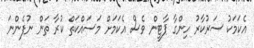
އެކަމަކު ސަރުކާރު ހިންގާ ޕާޓީން ވެސް އެކަމަށް މަސައްކަތް ކުރާ ތަން ނުފެންނަ